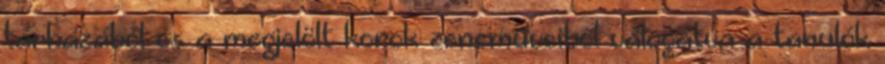
tárházából és a megjelölt korok zeneműveiből válogatva a tanulók